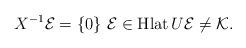
LaTeX: \begin{align*} X^{-1}\mathcal E =\{0\} \ \mathcal E\in\operatorname{Hlat}U \mathcal E\neq\mathcal K.\end{align*}